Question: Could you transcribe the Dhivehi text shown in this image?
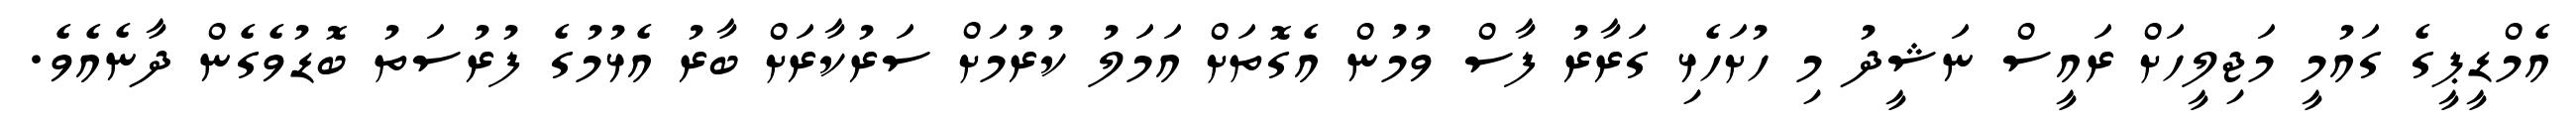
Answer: އެމްޑީޕީގެ ގައުމީ މަޖިލީހަށް ރައީސް ނަޝީދު މި ހުށަހެޅި ގަރާރު ފާސް ވުމުން އެގޮތަށް އަމަލު ކުރުމަށް ސަރުކާރަށް ބާރު އެޅުމުގެ ފުރުސަތު ބޮޑުވެގެން ދާނެއެވެ.